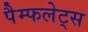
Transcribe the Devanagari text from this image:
पैम्फलेट्स